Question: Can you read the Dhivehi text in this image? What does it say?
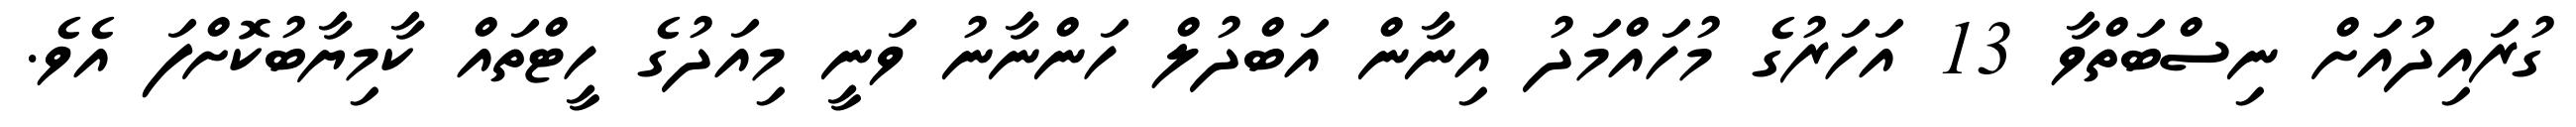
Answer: ގުރައިދުއަށް ނިސްބަތްވާ 13 އަހަރުގެ މުހައްމަދު އިނާން އަބްދުލް ހަންނާނު ވަނީ މިއަދުގެ ހީޓްތައް ކާމިޔާބުކޮށްފަ އެވެ.